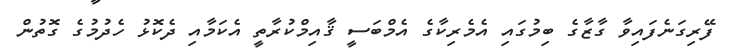
ފޭރިގަނެފައިވާ ގާޒާގެ ބިމުގައި އެމެރިކާގެ އެމްބަސީ ޤާއިމްކުރާތީ އެކަމާއި ދެކޮޅު ހެދުމުގެ ގޮތުން